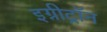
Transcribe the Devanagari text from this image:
इग्नीट्रॉन